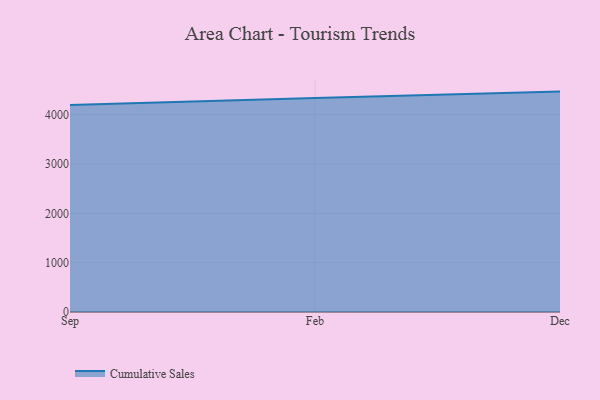
{"axis": {"x": "Month", "y": "Budget (USD K)"}, "legend": ["Cumulative Sales"], "data": [{"x": "Sep", "y": 4195.9, "type": "Cumulative Sales"}, {"x": "Feb", "y": 4340.4, "type": "Cumulative Sales"}, {"x": "Dec", "y": 4467.9, "type": "Cumulative Sales"}]}